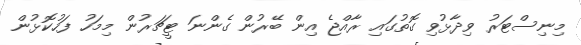
މިނިސްޓަރު ވިދާޅުވި ގޮތުގައި ރާއްޖެ އިން ބޭރުން ގެންނަ ޓީޗަރުން މިމަހު ފަހުކޮޅުން